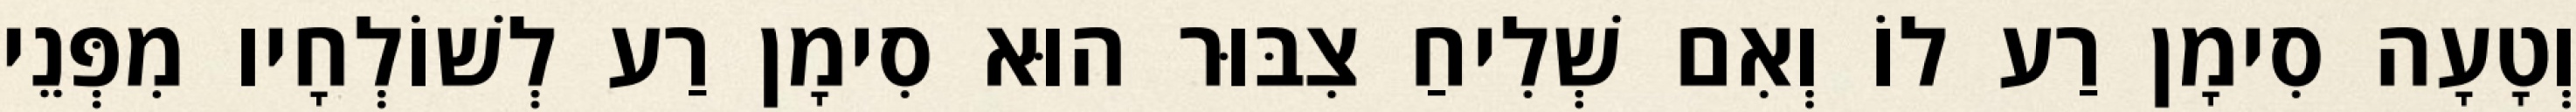
וְטָעָה סִימָן רַע לוֹ וְאִם שְׁלִיחַ צִבּוּר הוּא סִימָן רַע לְשׁוֹלְחָיו מִפְּנֵי